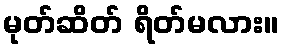
မုတ်ဆိတ် ရိတ်မလား။